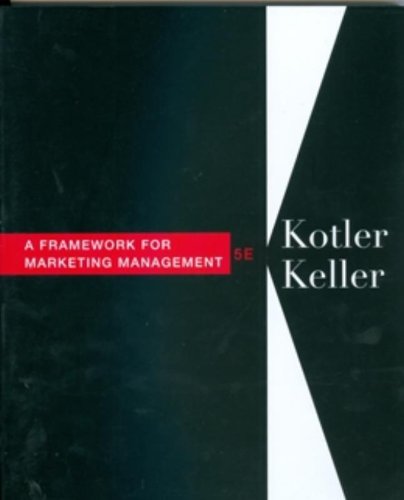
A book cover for Framework for Marketing Management (5th Edition); Philip Kotler; Business & Money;